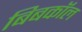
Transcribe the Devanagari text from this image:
बिबकॉल